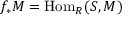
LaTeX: f _ { * } M = \operatorname { H o m } _ { R } ( S , M )